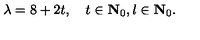
\lambda = 8 + 2 t , \quad t \in { \bf { N } } _ { 0 } , l \in { \bf { N } } _ { 0 } .